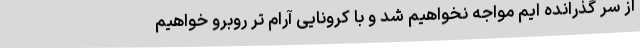
از سر گذرانده ایم مواجه نخواهیم شد و با کرونایی آرام تر روبرو خواهیم